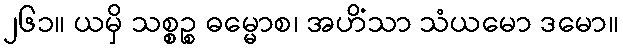
၂၆၁။ ယမှိ သစ္စဉ္စ ဓမ္မောစ၊ အဟိံသာ သံယမော ဒမော။